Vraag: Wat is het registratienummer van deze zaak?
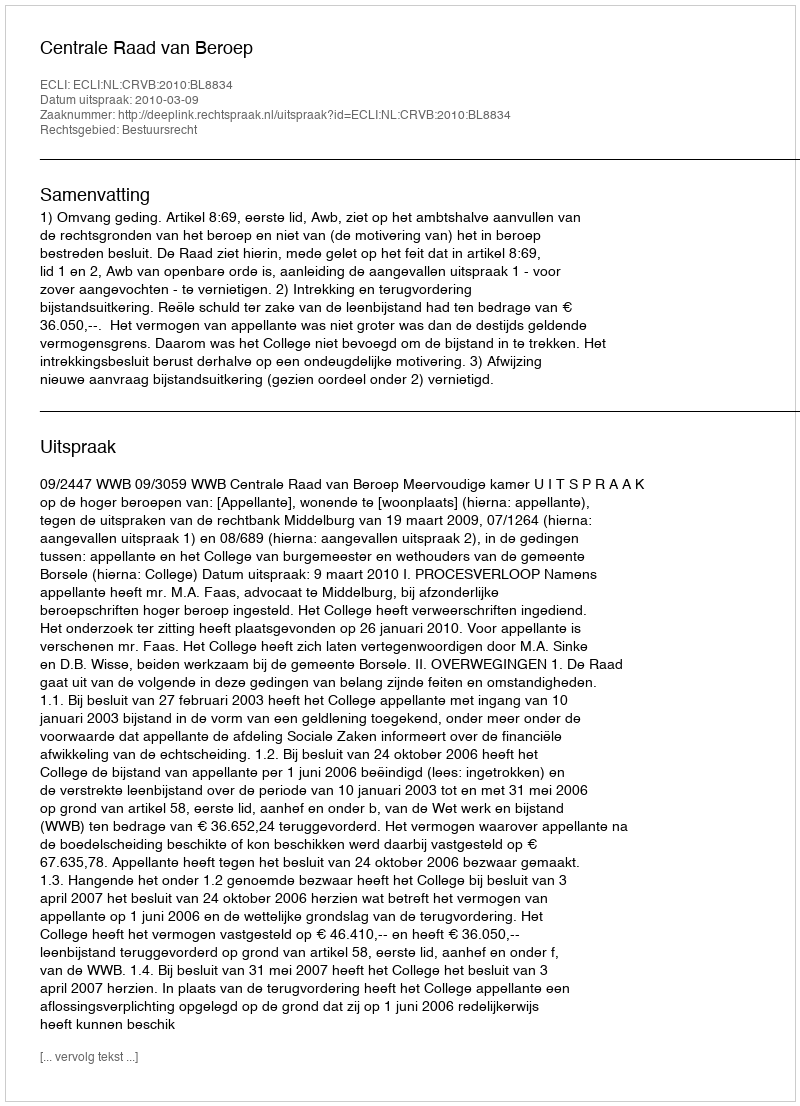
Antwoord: http://deeplink.rechtspraak.nl/uitspraak?id=ECLI:NL:CRVB:2010:BL8834